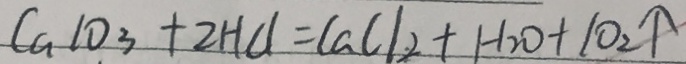
C a 1 0 _ { 3 } + 2 H C l = C a C l _ { 2 } + H _ { 2 } O + 1 0 _ { 2 } \uparrow